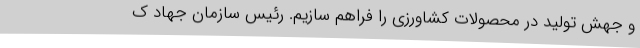
و جهش تولید در محصولات کشاورزی را فراهم سازیم. رئیس سازمان جهاد ک